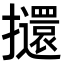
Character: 𭣌